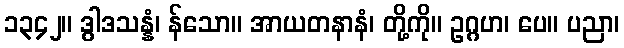
၁၃၄၂။ ဒွါဒသန္နံ၊ န်သော။ အာယတနာနံ၊ တို့ကို။ ဥဂ္ဂဟ၊ ပေ။ ပညာ၊